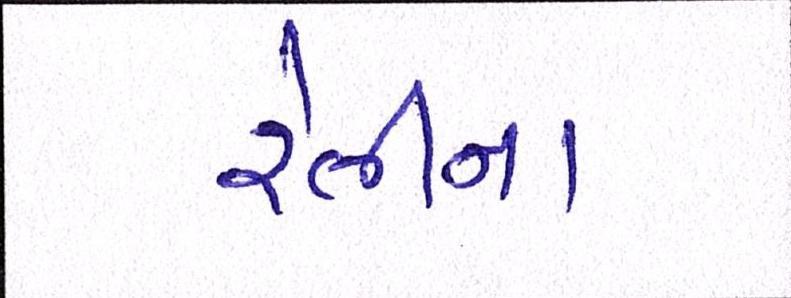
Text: રેતીના